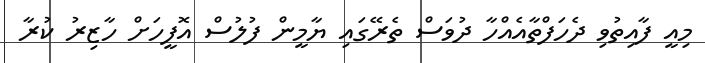
މިއީ ފާއިތުވި ދެހަފްތާއެއްހާ ދުވަސް ތެރޭގައި ޔާމީން ފުލުސް އޮފީހަށް ހާޒިރު ކުރާ